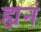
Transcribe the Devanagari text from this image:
ह्यनं